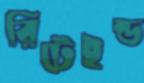
রিটেইন্ড